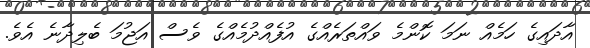
އާދައިގެ ހަމެއް ނަމަ ކޮންމެ ވައްތަރެއްގެ އުފެއްދުމެއްގެ ވެސް އަޖުމަ ބެލިދާނެ އެވެ.